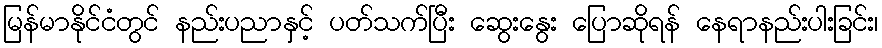
မြန်မာနိုင်ငံတွင် နည်းပညာနှင့် ပတ်သက်ပြီး ဆွေးနွေး ပြောဆိုရန် နေရာနည်းပါးခြင်း၊